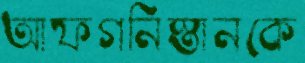
আফগনিস্তানকে